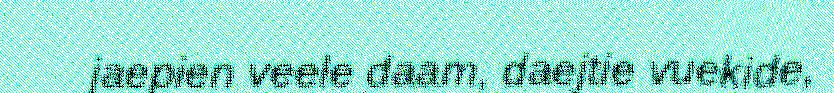
jaepien veele daam, daejtie vuekide,